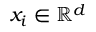
x _ { i } \in \mathbb R ^ { d }